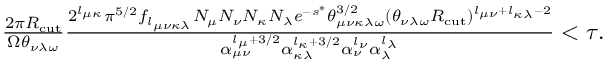
\begin{array} { r } { \frac { 2 \pi R _ { \mathrm { c u t } } } { \Omega \theta _ { \nu \lambda \omega } } \frac { 2 ^ { l _ { \mu \kappa } } \pi ^ { 5 / 2 } f _ { l _ { \mu \nu \kappa \lambda } } N _ { \mu } N _ { \nu } N _ { \kappa } N _ { \lambda } e ^ { - s ^ { * } } \theta _ { \mu \nu \kappa \lambda \omega } ^ { 3 / 2 } ( \theta _ { \nu \lambda \omega } R _ { \mathrm { c u t } } ) ^ { l _ { \mu \nu } + l _ { \kappa \lambda } - 2 } } { \alpha _ { \mu \nu } ^ { l _ { \mu } + 3 / 2 } \alpha _ { \kappa \lambda } ^ { l _ { \kappa } + 3 / 2 } \alpha _ { \nu } ^ { l _ { \nu } } \alpha _ { \lambda } ^ { l _ { \lambda } } } < \tau . } \end{array}